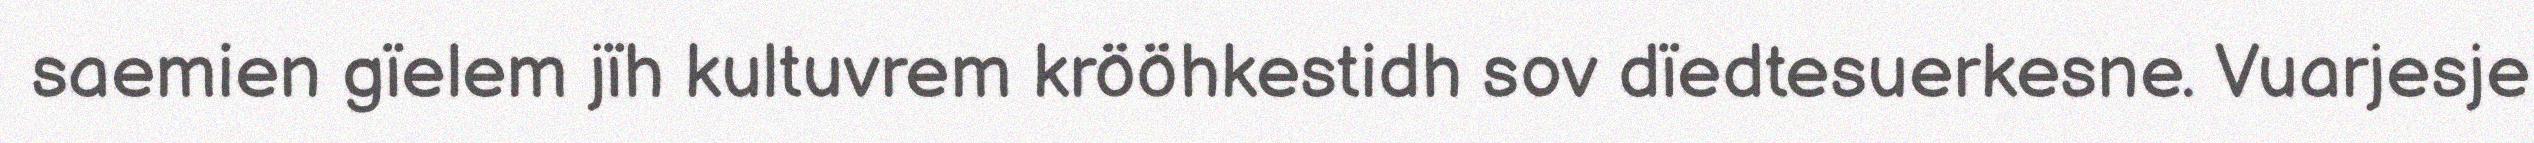
saemien gïelem jïh kultuvrem krööhkestidh sov dïedtesuerkesne. Vuarjesje